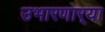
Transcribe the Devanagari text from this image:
उभारणार्‍या